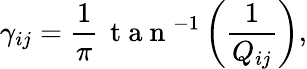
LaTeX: \gamma_{ij}=\frac{1}{\pi}\, \mathrm{~t~a~n~}^{-1}\left(\frac{1}{Q_{ij}}\right),